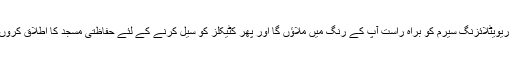
میں ریویٹلائزنگ سیرم کو براہ راست آپ کے رنگ میں ملاؤں گا اور پھر کٹیکلز کو سیل کرنے کے لئے حفاظتی مسجد کا اطلاق کروں گا۔